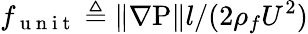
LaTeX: f_{\mathrm{~u~n~i~t~}}\triangleq\Vert\mathrm{\nabla{P}}\Vert l/(2\rho_{f}U^{2})